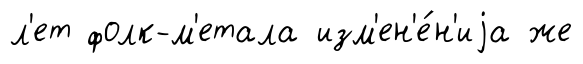
л'ет фолк-м'етала изм'ен'е́н'иjа же